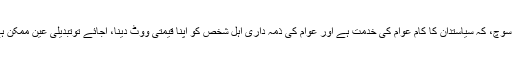
وہ سوچ، کہ سیاستدان کا کام عوام کی خدمت ہے اور عوام کی ذمہ داری اہل شخص کو اپنا قیمتی ووٹ دینا، آجائے توتبدیلی عین ممکن ہے۔